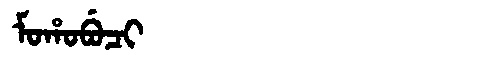
Manchu: ᠮᠣᡥᠣᠪᡠᠴᡳ
Romanization: MOHOBUCI